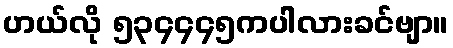
ဟယ်လို ၅၃၄၄၄၅ကပါလားခင်ဗျာ။